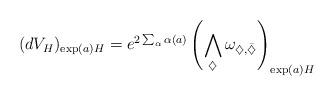
LaTeX: \begin{align*}(dV_H)_{\exp(a)H} = e^{2\sum_{\alpha} \alpha(a)}\left(\bigwedge_{\diamondsuit} \omega_{\diamondsuit,\bar{\diamondsuit}}\right)_{\exp(a)H}\end{align*}